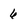
Character: 6